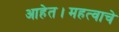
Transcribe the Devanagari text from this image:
आहेत।महत्वाचे